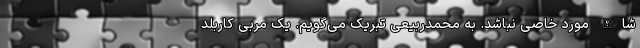
شاالله مورد خاصی نباشد. به محمدربیعی تبریک می‌گویم. یک مربی کاربلد